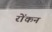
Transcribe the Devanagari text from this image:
रोंकन